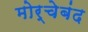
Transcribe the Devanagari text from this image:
मोर्चेबंद